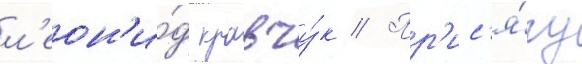
л'еон'и́д кравчу́к // Пр'ис'я́гу